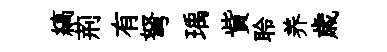
縞荊有弩瑀貲聆养歳